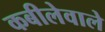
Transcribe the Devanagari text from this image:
कबीलेवाले